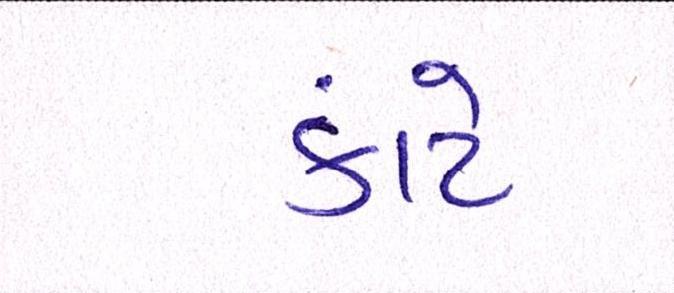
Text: કાંટે